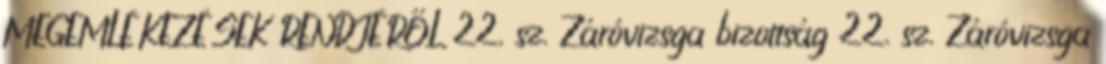
MEGEMLÉKEZÉSEK RENDJÉRŐL 22. sz. Záróvizsga bizottság 22. sz. Záróvizsga